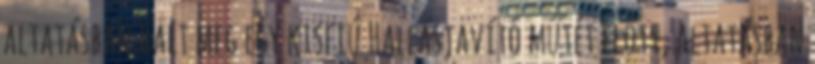
altatásban halt meg egy kisfiú Hallásjavító műtét előtt, altatásban